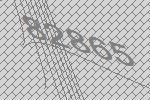
82865